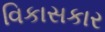
વિકાસકાર